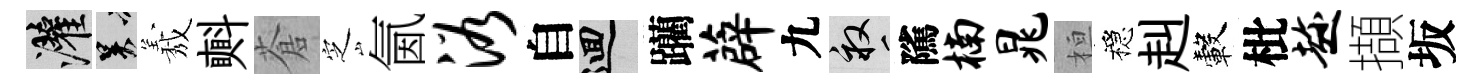
灌吴𦏁㪺蒼㝎氤浴自回躪薜九畝隲楠晁桓穩赳轂枇趁擷坂